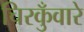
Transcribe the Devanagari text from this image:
चिरकुँवारे